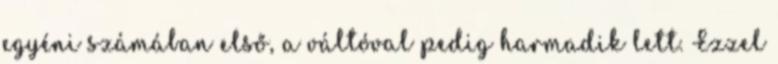
egyéni számában első, a váltóval pedig harmadik lett. Ezzel